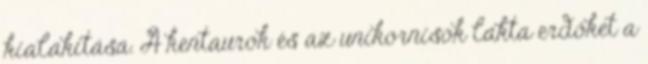
kialakítása. A kentaurok és az unikornisok lakta erdőket a